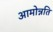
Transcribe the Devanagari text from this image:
आमोन्नति